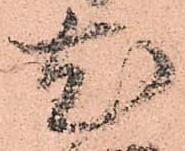
尤